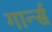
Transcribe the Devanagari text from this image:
गार्न्स